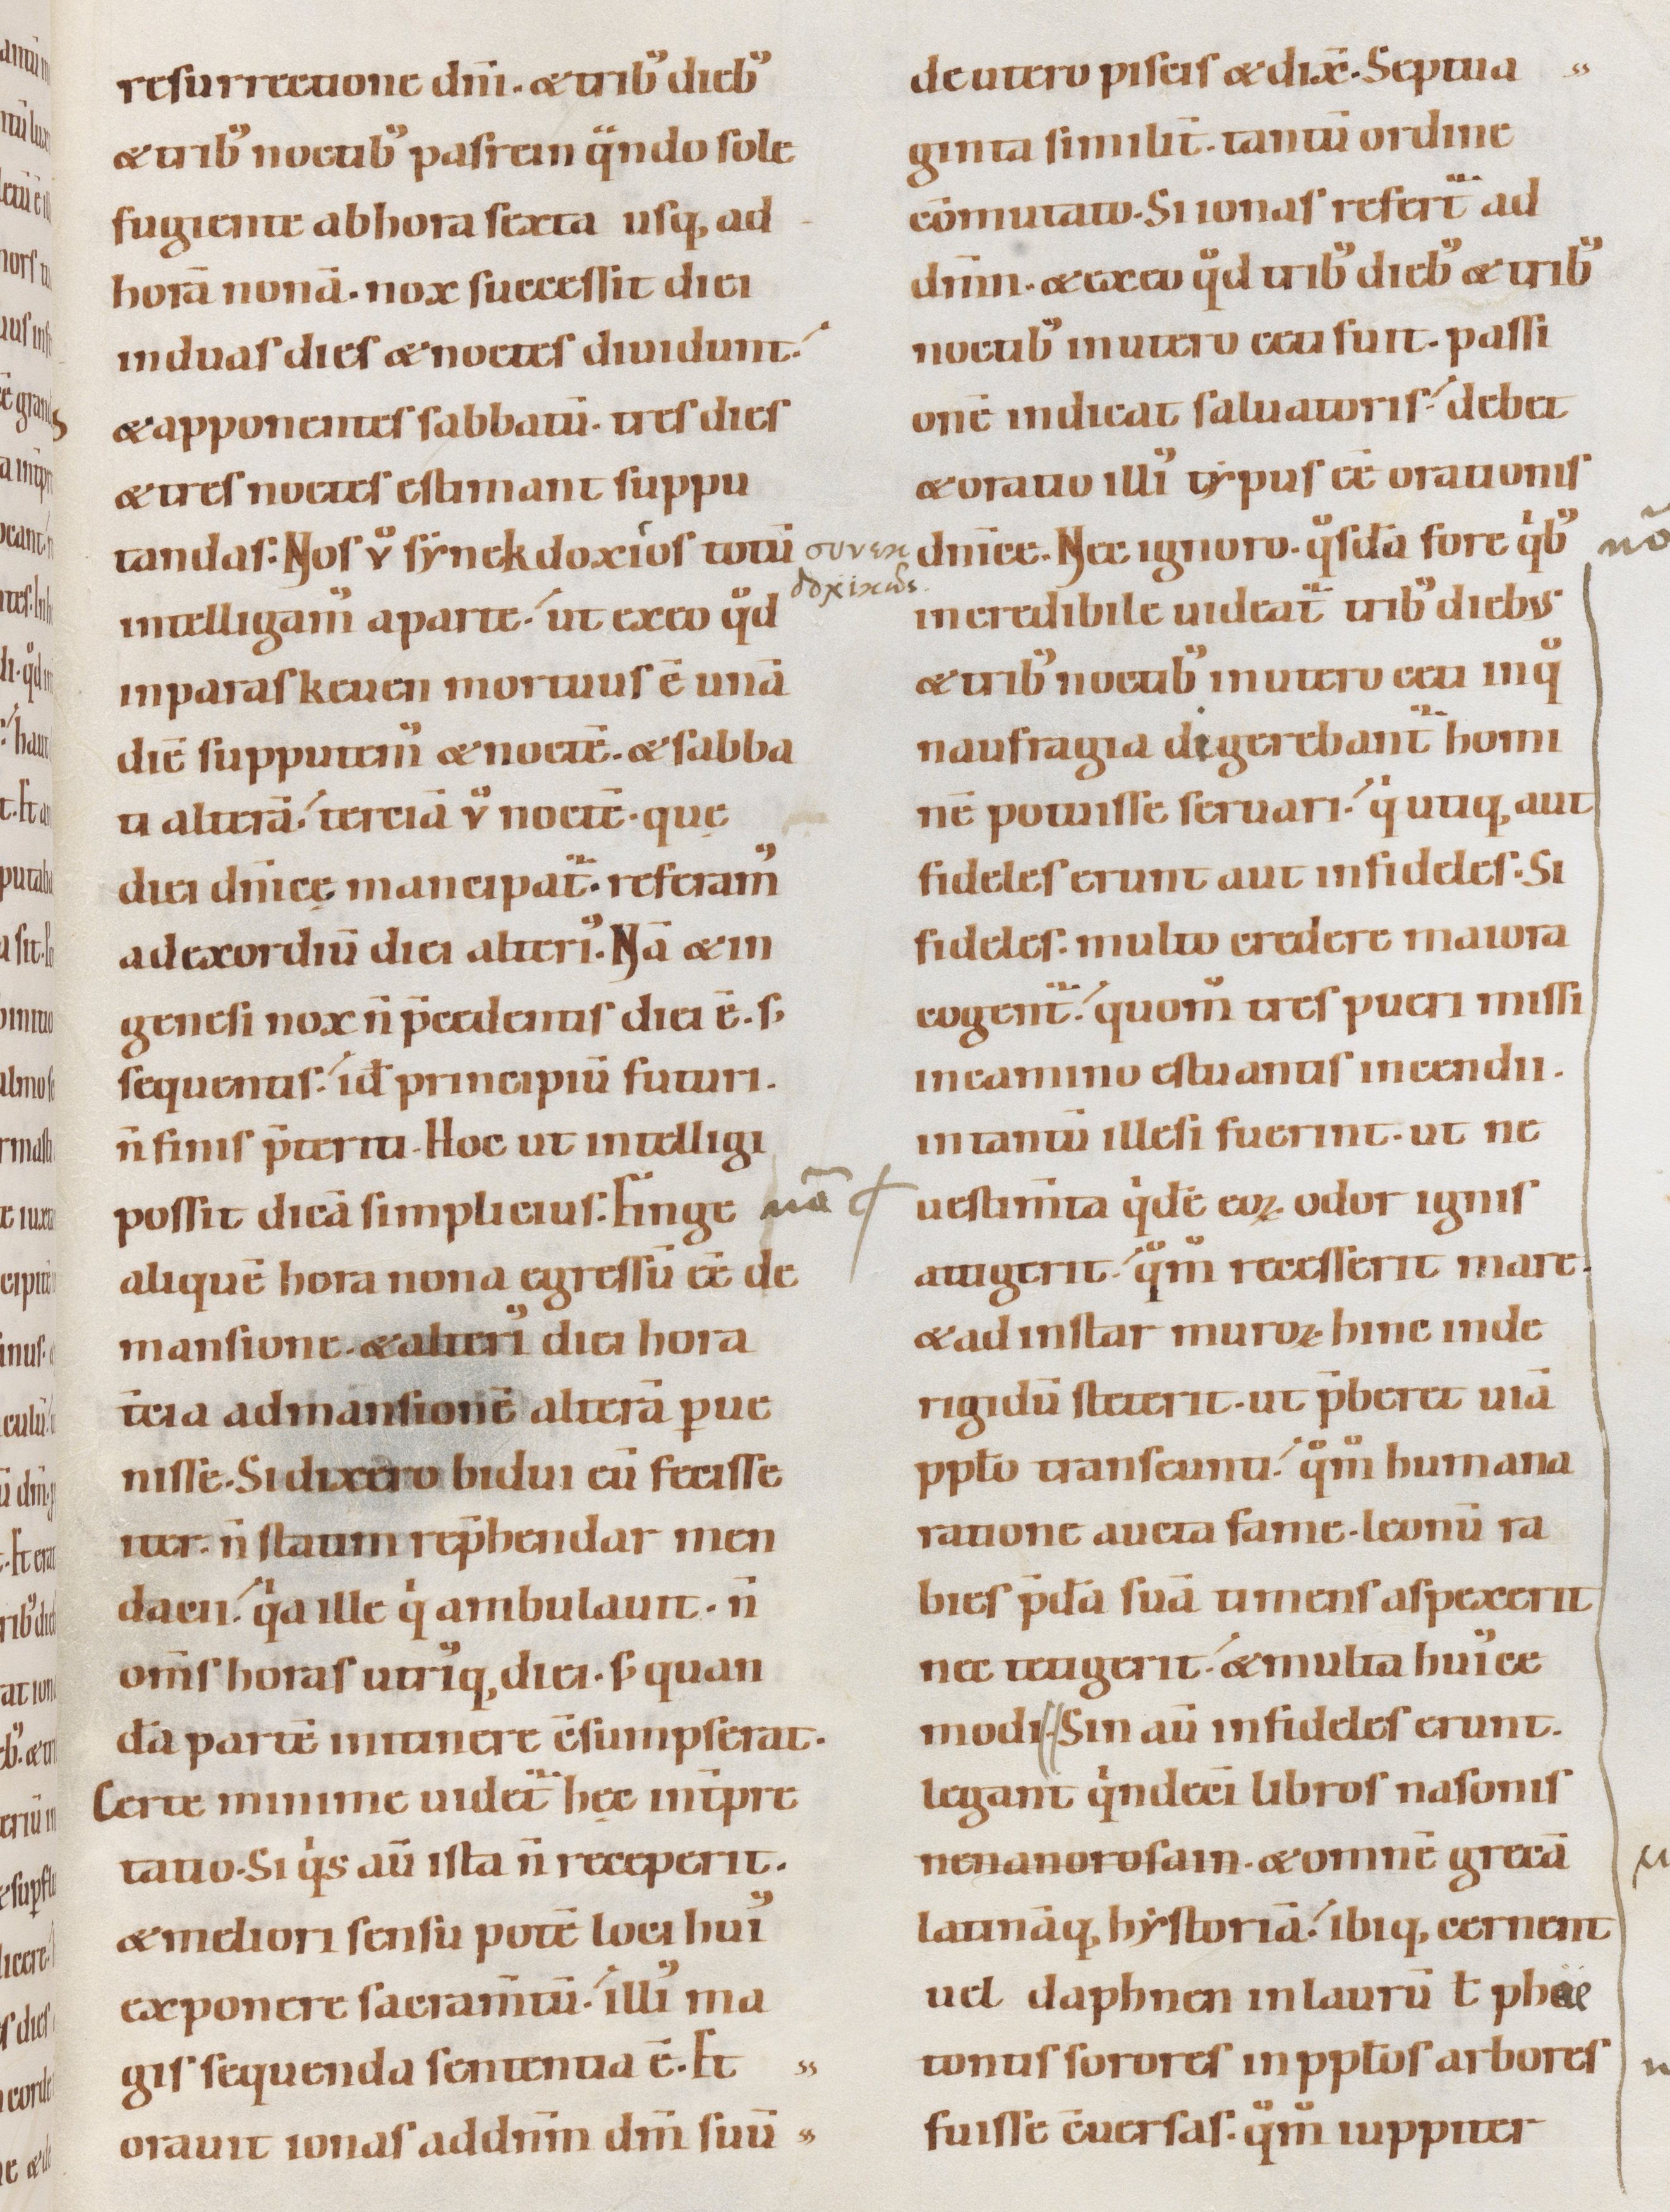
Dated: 1100–1130